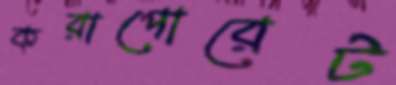
করাপোরেট